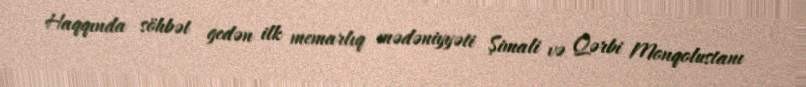
Haqqında söhbət gedən ilk memarlıq mədəniyyəti Şimali və Qərbi Monqolustanı